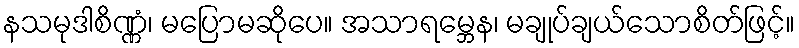
နသမုဒါစိဏ္ဏံ၊ မပြောမဆိုပေ။ အသာရမ္ဘေန၊ မချုပ်ချယ်သောစိတ်ဖြင့်။